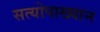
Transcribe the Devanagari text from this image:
सत्योपाख्यान